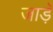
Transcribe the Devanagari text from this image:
जाड़ॅ